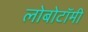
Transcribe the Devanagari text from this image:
लोबोटॉमी